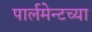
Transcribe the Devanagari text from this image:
पार्लमेन्टच्या